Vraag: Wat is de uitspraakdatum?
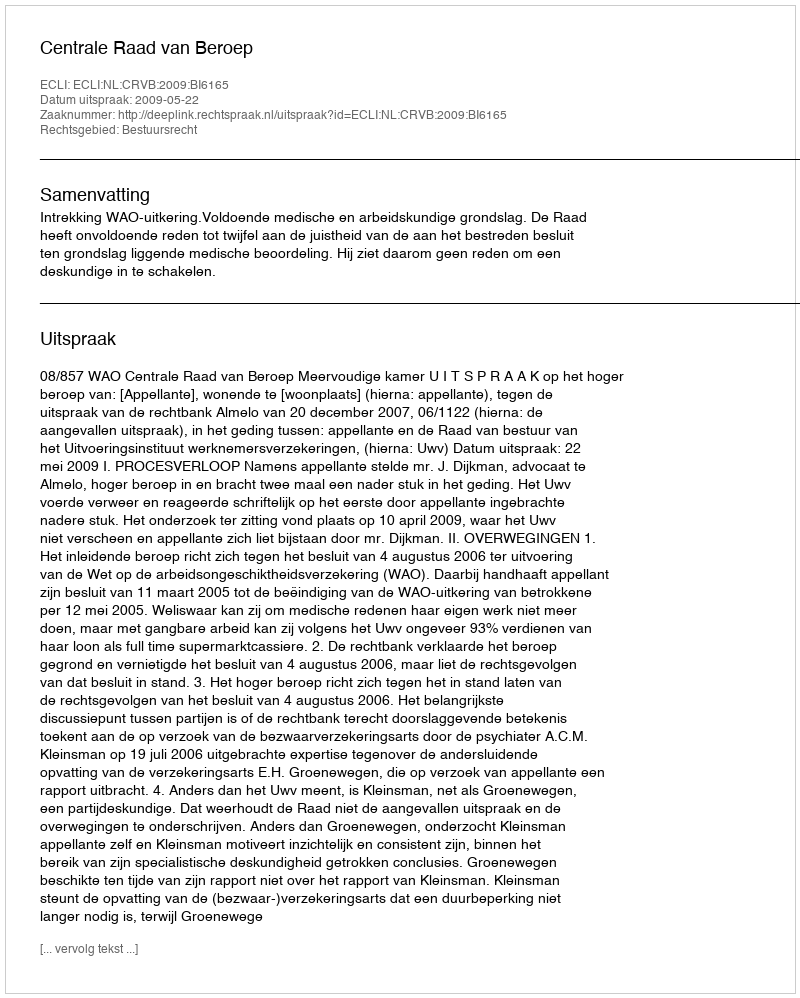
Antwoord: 2009-05-22